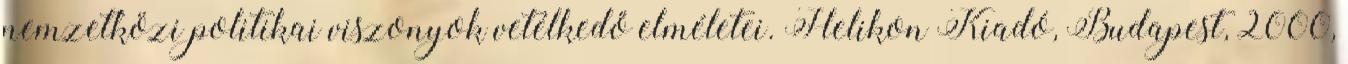
nemzetközi politikai viszonyok vetélkedő elméletei. Helikon Kiadó, Budapest, 2000,